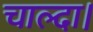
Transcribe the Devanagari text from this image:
चाल्दा।